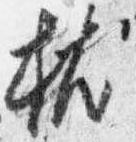
枕